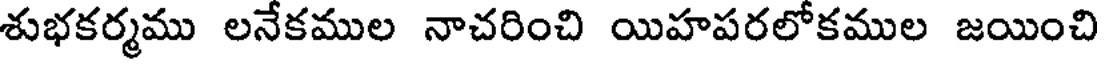
శుభకర్మము లనేకముల నాచరించి యిహపరలోకముల జయించి